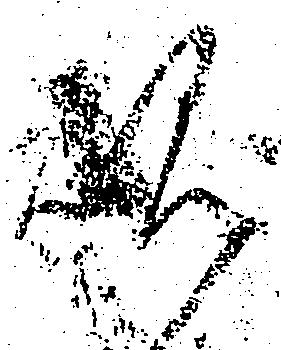
硯